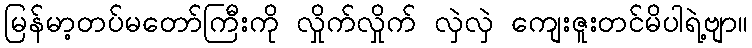
မြန်မာ့တပ်မတော်ကြီးကို လှိုက်လှိုက် လှဲလှဲ ကျေးဇူးတင်မိပါရဲ့ဗျာ။